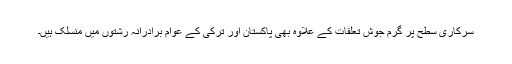
سرکاری سطح پر گرم جوش تعلقات کے علاوہ بھی پاکستان اور ترکی کے عوام برادرانہ رشتوں میں منسلک ہیں۔